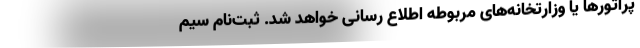
پراتورها یا وزارتخانه‌های مربوطه اطلاع رسانی خواهد شد. ثبت‌نام سیم‌